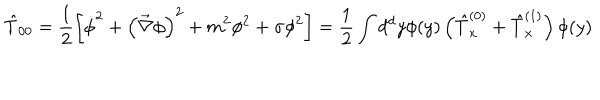
\hat { T } _ { 0 0 } = \frac { 1 } { 2 } \left[ \dot { \phi } ^ { 2 } + \left( \vec { \nabla } \phi \right) ^ { 2 } + m ^ { 2 } \phi ^ { 2 } + \sigma \phi ^ { 2 } \right] = \frac { 1 } { 2 } \int d ^ { d } y \phi ( y ) \left( \hat { T } _ { x } ^ { ( 0 ) } + \hat { T } _ { x } ^ { ( 1 ) } \right) \phi ( y )